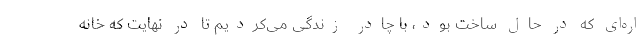
اره‌ای که در حال ساخت بود، با چادر زندگی می‌کردیم تا در نهایت که خانه